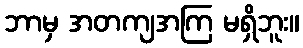
ဘာမှ အတကျအကြ မရှိဘူး။